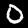
Label: 0